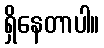
ရှိနေတာပါ။